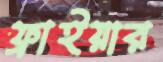
ফ্রাইয়ার